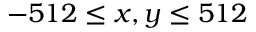
- 5 1 2 \leq x , y \leq 5 1 2